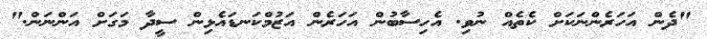
"ދެން އަހަރެންނަކަށް ކެތެއް ނުވި. އެހިސާބުން އަހަރެން އަޒުމްކަނޑައެޅިން ސީދާ މަގަށް އަންނަން."